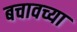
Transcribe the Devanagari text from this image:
बचावच्या